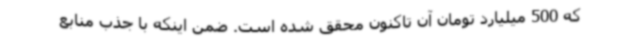
که 500 میلیارد تومان آن تاکنون محقق شده است. ضمن اینکه با جذب منابع